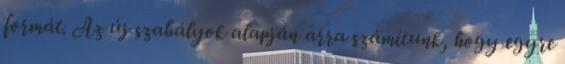
formát. Az új szabályok alapján arra számítunk, hogy egyre